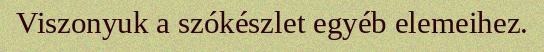
Viszonyuk a szókészlet egyéb elemeihez.